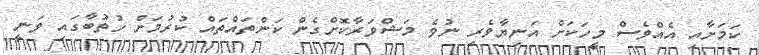
ކަމަށާއި އެއްވެސް މީހަކަށް އަނިޔާވެރި ނުވެ މަޝްވަރާކޮށްގެން ކަންތައްތައް ކުރުމަށް ހުތުބާގައި ވަނީ